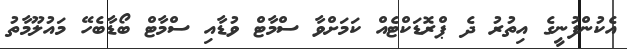
އެކުންފުނީގެ އިތުރު ދެ ޕްރޮޑަކްޓެއް ކަމަށްވާ ސްމާޓް ވުޑާއި ސްމާޓް ބޯޑާބެހޭ މައުލޫމާތު